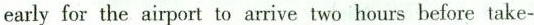
early for the ai port to arrive two hours before take-